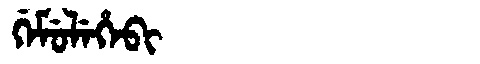
Manchu: ᡤᡝᠮᡠᠯᡝᡥᡝᠪᡳ
Romanization: GEMULEHEBI